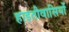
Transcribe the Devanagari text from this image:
हाइतीवासियों